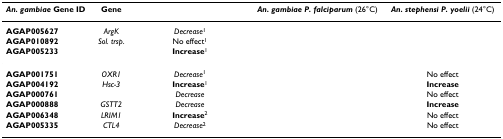
<table><thead><tr><td><b><i>An. gambiae </i>Gene ID</b></td><td><b>Gene</b></td><td>[EMPTY_CELL]</td><td><b><i>An. gambiae P. falciparum </i>(26°C)</b></td><td><b><i>An. stephensi P. yoelii </i>(24°C)</b></td></tr></thead><tbody><tr><td><b>AGAP005627</b></td><td><i>ArgK</i></td><td><i>Decrease</i><sup>1</sup></td><td>[EMPTY_CELL]</td><td>[EMPTY_CELL]</td></tr><tr><td><b>AGAP010892</b></td><td><i>Sol. trsp</i>.</td><td>No effect<sup>1</sup></td><td>[EMPTY_CELL]</td><td>[EMPTY_CELL]</td></tr><tr><td><b>AGAP005233</b></td><td>[EMPTY_CELL]</td><td><b>Increase</b><sup>1</sup></td><td>[EMPTY_CELL]</td><td>[EMPTY_CELL]</td></tr><tr><td><b>AGAP001751</b></td><td><i>OXR1</i></td><td><i>Decrease</i><sup>1</sup></td><td>[EMPTY_CELL]</td><td>No effect</td></tr><tr><td><b>AGAP004192</b></td><td><i>Hsc-3</i></td><td><b>Increase</b><sup>1</sup></td><td>[EMPTY_CELL]</td><td><b>Increase</b></td></tr><tr><td><b>AGAP000761</b></td><td>[EMPTY_CELL]</td><td><i>Decrease</i></td><td>[EMPTY_CELL]</td><td>No effect</td></tr><tr><td><b>AGAP000888</b></td><td><i>GSTT2</i></td><td><i>Decrease</i></td><td>[EMPTY_CELL]</td><td><b>Increase</b></td></tr><tr><td><b>AGAP006348</b></td><td><i>LRIM1</i></td><td><b>Increase</b><sup>2</sup></td><td>[EMPTY_CELL]</td><td>No effect</td></tr><tr><td><b>AGAP005335</b></td><td><i>CTL4</i></td><td><i>Decrease</i><sup>2</sup></td><td>[EMPTY_CELL]</td><td>No effect</td></tr></tbody></table>